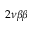
2 \nu \beta \beta